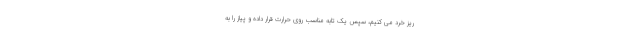
ریز خرد می کنیم، سپس یک تابه مناسب روی حرارت قرار داده و پیاز را به